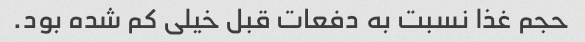
حجم غذا نسبت به دفعات قبل خیلی کم شده بود.